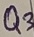
Text: Q3